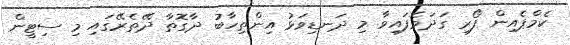
ކެމްޕެއިން ފޯރި ގަދަވެފައިވާ މި ދަނޑިވަޅު އިންތިހާބު ދާގޮތާ ދޭތެރޭގައި މި ސިޓީން